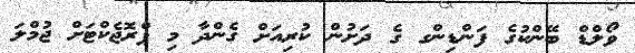
ވޯލްޑް ބޭންކުގެ ފަންޑިންގ ގެ ދަށުން ކުރިއަށް ގެންދާ މި ޕްރޮޖެކްޓަށް ޖުމްލަ